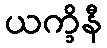
ယက္ခိနီ